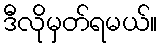
ဒီလိုမှတ်ရမယ်။